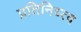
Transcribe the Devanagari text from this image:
प्रतिनिध्त्व